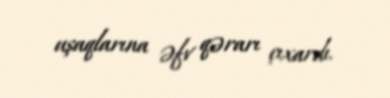
uşaqlarına əfv qərarı çıxardı.